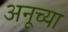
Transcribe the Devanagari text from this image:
अनूच्या